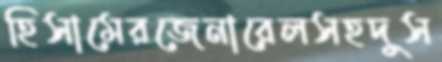
হিসামেরজেনারেলসহদুস